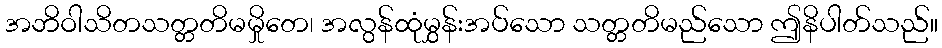
အဘိဝါသိတသတ္တတိမမှိုတေ၊ အလွန်ထုံမွှန်းအပ်သော သတ္တတိမည်သော ဤနိပါတ်သည်။